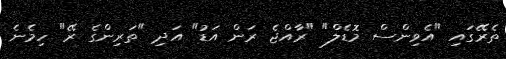
ތެރޭގައި "އެވިންސް މޮޑެލް" "ރާއްޖެ ރަން އަޑު" އަދި "ތަރިންގެ ރޭ" ހިމެނެ